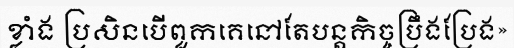
ខ្លាំង ប្រសិនបើពួកគេនៅតែបន្តកិច្ចប្រឹងប្រែង»